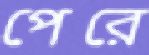
পেরে